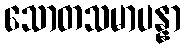
သောတသမာပန္နာ